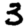
Digit: 3